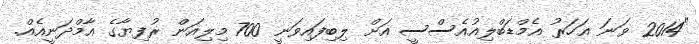
"2014 ވަނަ އަހަރު އެމްޑަބްލިއުއެސްސީ އަށް ލިބިފައިވަނީ 700 މިލިއަން ރުފިޔާގެ އާމްދަނީއެއް.